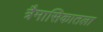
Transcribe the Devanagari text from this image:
त्रैमासिकातला